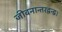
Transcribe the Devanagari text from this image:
जीवनान्तरद्वन्द्व।